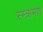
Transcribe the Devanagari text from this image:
स्म्क्रमण